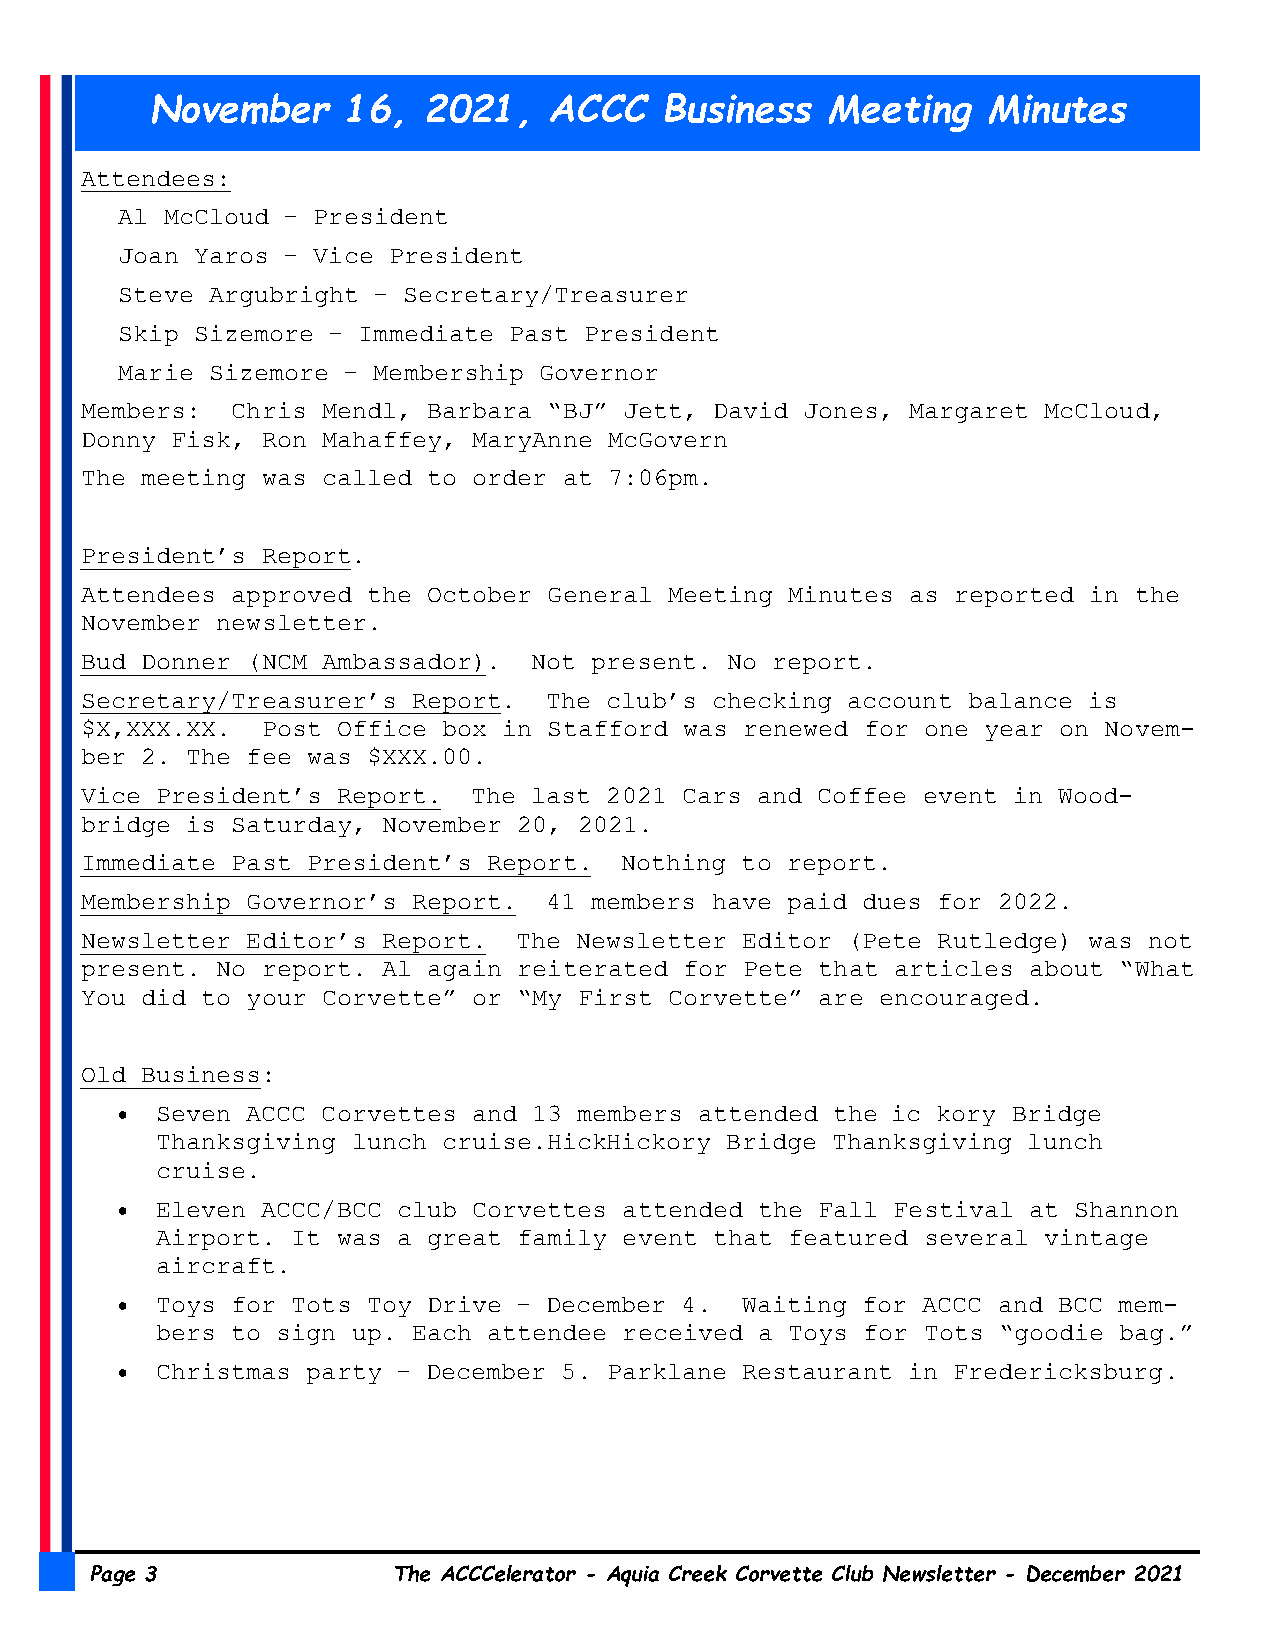
November     16,  2021,   ACCC    Business   Meeting   Minutes
 Attendees:
 Al McCloud – President
 Joan Yaros – Vice President
 Steve Argubright – Secretary/Treasurer
 Skip Sizemore – Immediate Past President
 Marie Sizemore – Membership Governor
 Members:  Chris Mendl, Barbara “BJ” Jett, David Jones, Margaret McCloud,
 Donny Fisk, Ron Mahaffey, MaryAnne McGovern
 The meeting was called to order at 7:06pm.
 President’s Report.
 Attendees approved the October General Meeting Minutes as reported in the
 November newsletter.
 Bud Donner (NCM Ambassador).  Not present. No report.
 Secretary/Treasurer’s Report.  The club’s checking account balance is
 $X,XXX.XX.  Post Office box in Stafford was renewed for one year on Novem-
 ber 2. The fee was $XXX.00.
 Vice President’s Report.  The last 2021 Cars and Coffee event in Wood-
 bridge is Saturday, November 20, 2021.
 Immediate Past President’s Report.  Nothing to report.
 Membership Governor’s Report.  41 members have paid dues for 2022.
 Newsletter Editor’s Report.  The Newsletter Editor (Pete Rutledge) was not
 present. No report. Al again reiterated for Pete that articles about “What
 You did to your Corvette” or “My First Corvette” are encouraged.
 Old Business:
  Seven ACCC Corvettes and 13 members attended the ic kory Bridge
 Thanksgiving lunch cruise.HickHickory Bridge Thanksgiving lunch
 cruise.
  Eleven ACCC/BCC club Corvettes attended the Fall Festival at Shannon
 Airport. It was a great family event that featured several vintage
 aircraft.
  Toys for Tots Toy Drive – December 4.  Waiting for ACCC and BCC mem-
 bers to sign up. Each attendee received a Toys for Tots “goodie bag.”
  Christmas party – December 5. Parklane Restaurant in Fredericksburg.
 Page 3              The ACCCelerator - Aquia Creek Corvette Club Newsletter - December 2021